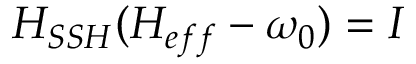
H _ { S S H } ( H _ { e f f } - \omega _ { 0 } ) = I